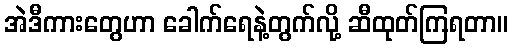
အဲဒီကားတွေဟာ ခေါက်ရေနဲ့တွက်လို့ ဆီထုတ်ကြရတာ။